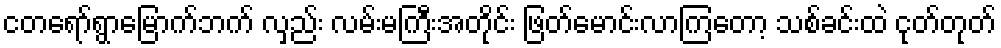
ငတရော်ရွာမြောက်ဘက် လှည်း လမ်းမကြီးအတိုင်း ဖြတ်မောင်းလာကြတော့ သစ်ခင်းထဲ ငုတ်တုတ်